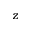
z